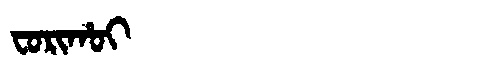
Manchu: ᠸᠣᡵᡳᡥᠣᡳ
Romanization: FORIHOI